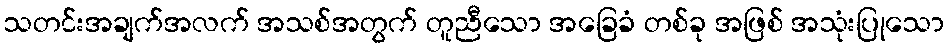
သတင်းအချက်အလက် အသစ်အတွက် တူညီသော အခြေခံ တစ်ခု အဖြစ် အသုံးပြုသော